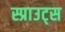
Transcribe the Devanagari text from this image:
स्प्राउट्स